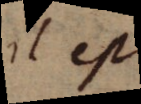
ilest